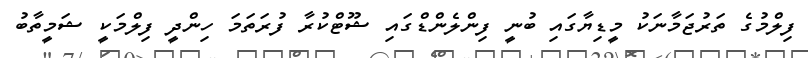
ފިލްމުގެ ތަރުޖަމާނަކު މީޑިޔާގައި ބުނީ ފިންލެންޑްގައި ޝޫޓްކުރާ ފުރަތަމަ ހިންދީ ފިލްމަކީ ޝަމީތާބު